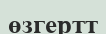
өзгертт